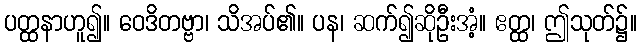
ပတ္ထနာဟူ၍။ ဝေဒိတဗ္ဗာ၊ သိအပ်၏။ ပန၊ ဆက်၍ဆိုဦးအံ့။ ဧတ္ထ၊ ဤသုတ်၌။